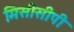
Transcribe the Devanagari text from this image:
मिसीसीपी